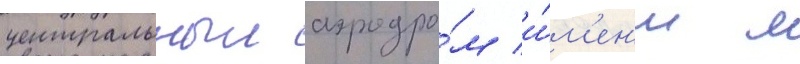
центральныи аэродро́м и́м'ен'и м